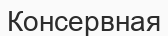
Консервная